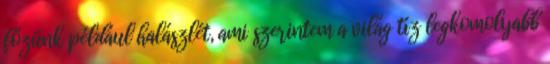
főzünk például halászlét, ami szerintem a világ tíz legkomolyabb